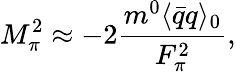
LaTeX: M_{\pi}^{2}\approx-2\frac{m^{0}\langle\bar{q}q\rangle_{0}}{F_{\pi}^{2}},